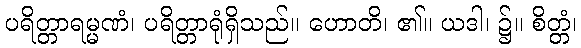
ပရိတ္တာရမ္မဏံ၊ ပရိတ္တာရုံရှိသည်။ ဟောတိ၊ ၏။ ယဒါ၊ ၌။ စိတ္တံ၊